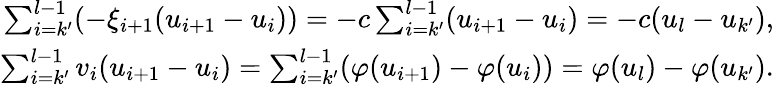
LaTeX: \begin{array}{r}{\sum_{i=k^{\prime}}^{l-1}(-\xi_{i+1}(u_{i+1}-u_{i}))=-c\sum_{i=k^{\prime}}^{l-1}(u_{i+1}-u_{i})=-c(u_{l}-u_{k^{\prime}}),}\\ {\sum_{i=k^{\prime}}^{l-1}v_{i}(u_{i+1}-u_{i})=\sum_{i=k^{\prime}}^{l-1}(\varphi(u_{i+1})-\varphi(u_{i}))=\varphi(u_{l})-\varphi(u_{k^{\prime}}).}\end{array}